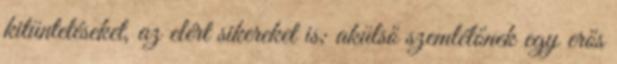
kitüntetéseket, az elért sikereket is; akülső szemlélőnek egy erős